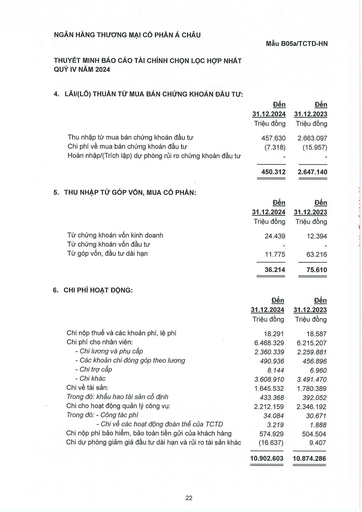
||Đến|Đến| |---|---|---| ||31.12.2024|31.12.2023| ||Triệu đồng|Triệu đồng| |Thu nhập từ mua bán chứng khoán đầu tư|457.630|2.663.097| |Chi phí về mua bán chứng khoán đầu tư|(7.318)|(15.957)| |Hoàn nhập/(Trích lập) dự phòng rủi ro chứng khoán đầu tư||| ||450.312|2.647.140| ||Đến|Đến| |---|---|---| ||31.12.2024|31.12.2023| ||Triệu đồng|Triệu đồng| |Từ chứng khoán vốn kinh doanh|24.439|12.394| |Từ chứng khoán vốn đầu tư||| |Từ góp vốn, đầu tư dài hạn|11.775|63.216| ||36.214|75.610| ||Đến|Đến| |---|---|---| ||31.12.2024|31.12.2023| ||Triệu đồng|Triệu đồng| |Chi nộp thuế và các khoản phí, lệ phí|18.291|18.587| |Chi phí cho nhân viên:|6.468.329|6.215.207| |- Chi lương và phụ cấp|2.360.339|2.259.881| |Các khoản chi đóng góp theo lương|490.936|456.896| |Chi trợ cấp|8.144|6.960| |Chi khác|3.608.910|3.491.470| |Chi về tài sản:|1.645.532|1.780.389| |Trong đó: Khấu hao tài sản cố định|433.368|392.052| |Chi cho hoạt động quản lý công vụ:|2.212.159|2.346.192| |Trong đó: Công tác phí|34.084|30.671| |Chi về các hoạt động đoàn thể của TCTD|3.219|1.888| |Chi nộp phí bảo hiểm, bảo toàn tiền gửi của khách hàng|574.929|504.504| |Chi dự phòng giảm giá đầu tư dài hạn và rủi ro tài sản khác|(16.637)|9.407| ||10.902.603|10.874.286|